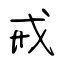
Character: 戒